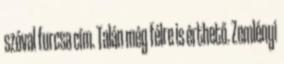
szóval furcsa cím. Talán még félre is érthető. Zemlényi